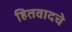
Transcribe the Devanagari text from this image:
हितवादचे